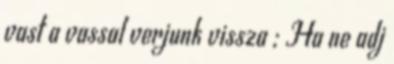
vast a vassal verjunk vissza ; Ha ne adj